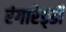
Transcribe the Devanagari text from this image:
रंगारेड्‍डी